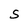
Character: S